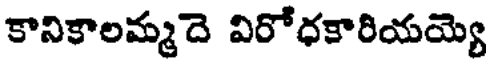
కానికాలమ్మదె విరోధకారియయ్యె